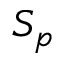
S _ { p }